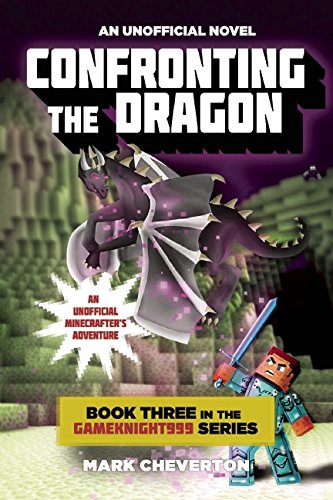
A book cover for Confronting the Dragon: Book Three in the Gameknight999 Series: An Unofficial Minecrafter's Adventure; Mark Cheverton; Children's Books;